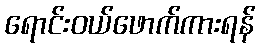
ရောင်းဝယ်ဖောက်ကားရန်